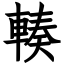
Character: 輳